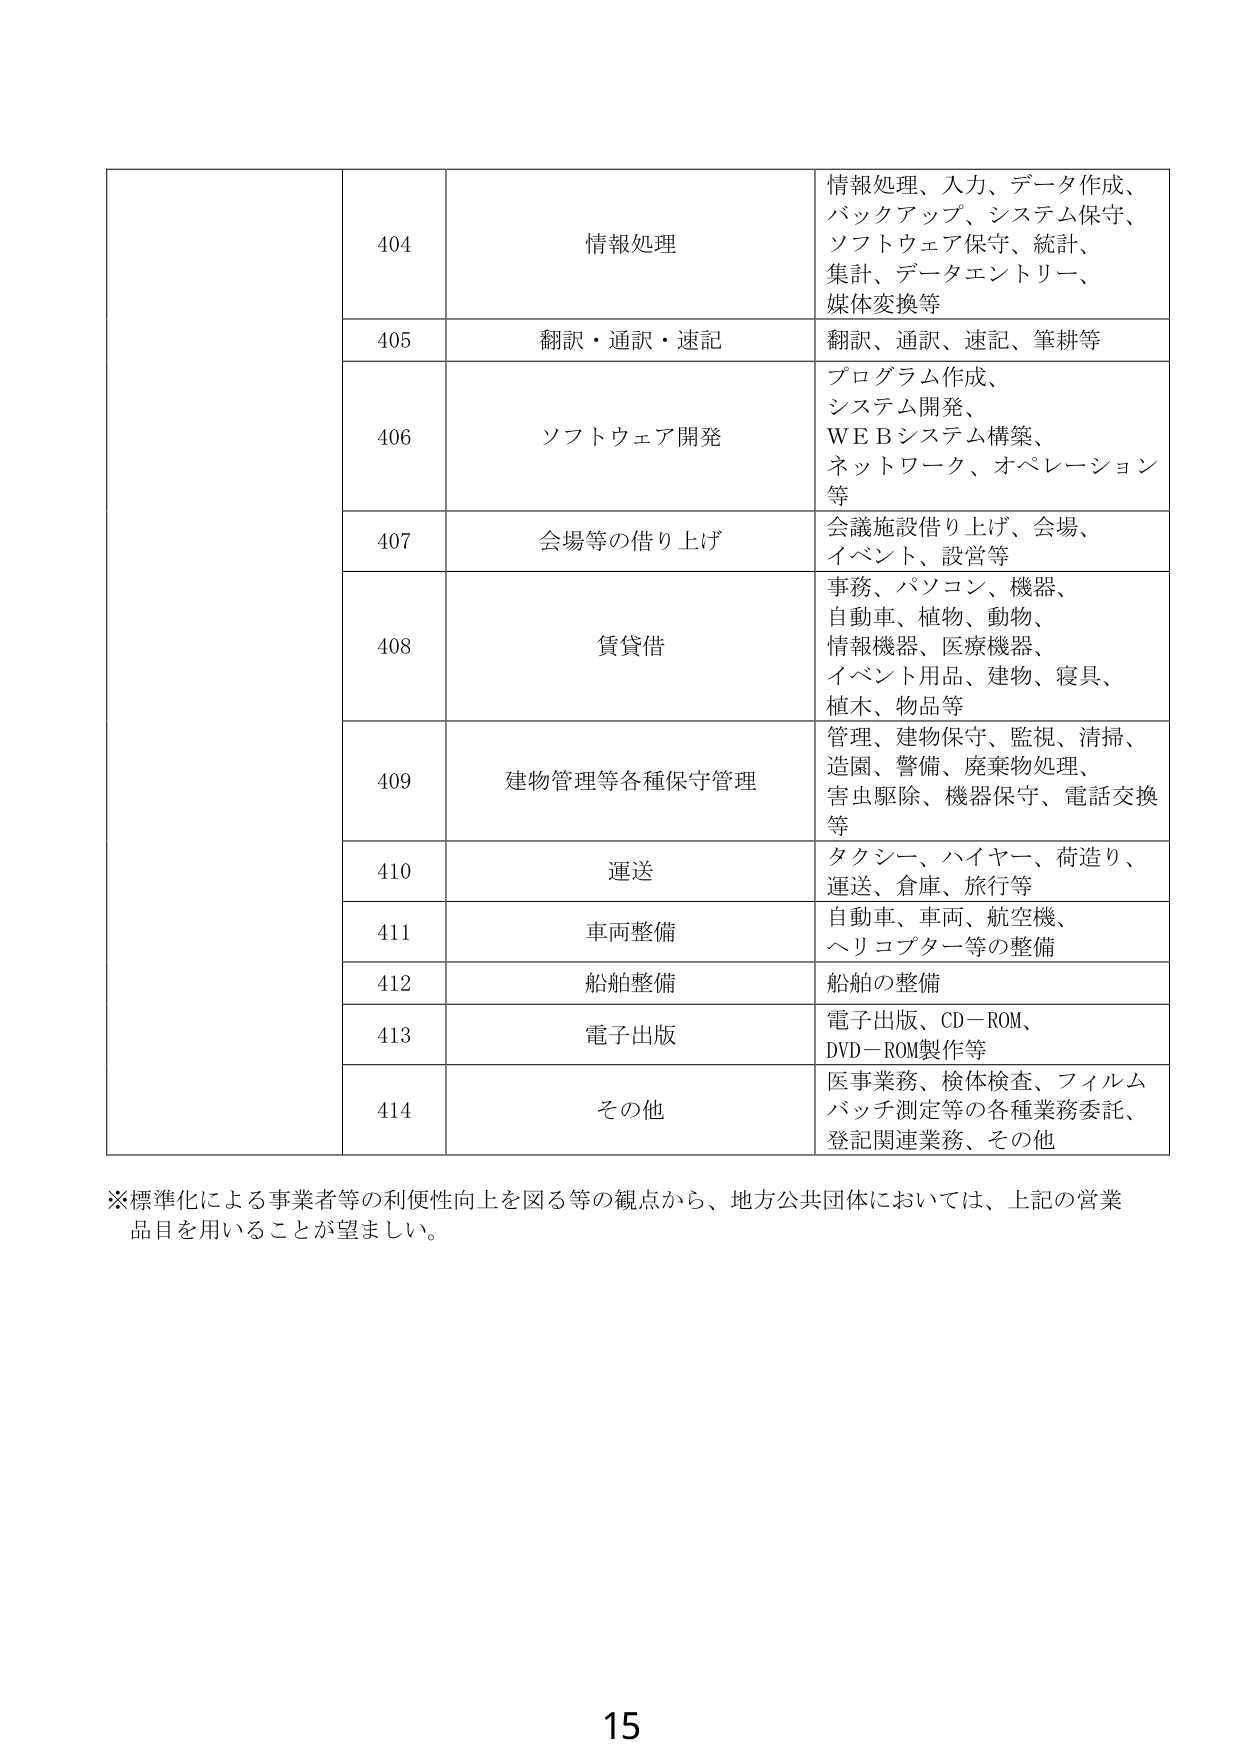
404 情報処理 情報処理、入力、データ作成、バックアップ、システム保守、ソフトウェア保守、統計、集計、データエントリー、媒体変換等
405 翻訳・通訳・速記 翻訳、通訳、速記、筆耕等
406 ソフトウェア開発 プログラム作成、システム開発、ＷＥＢシステム構築、ネットワーク、オペレーション等
407 会場等の借り上げ 会議施設借り上げ、会場、イベント、設営等
408 賃貸借 事務、パソコン、機器、自動車、植物、動物、情報機器、医療機器、イベント用品、建物、寝具、植木、物品等
409 建物管理等各種保守管理 管理、建物保守、監視、清掃、造園、警備、廃棄物処理、害虫駆除、機器保守、電話交換等
410 運送 タクシー、ハイヤー、荷造り、運送、倉庫、旅行等
411 車両整備 自動車、車両、航空機、ヘリコプター等の整備
412 船舶整備 船舶の整備
413 電子出版 電子出版、ＣＤ－ＲＯＭ、ＤＶＤ－ＲＯＭ製作等
414 その他 医事業務、検体検査、フィルムバッチ測定等の各種業務委託、登記関連業務、その他
※標準化による事業者等の利便性向上を図る等の観点から、地方公共団体においては、上記の営業品目を用いることが望ましい。
15